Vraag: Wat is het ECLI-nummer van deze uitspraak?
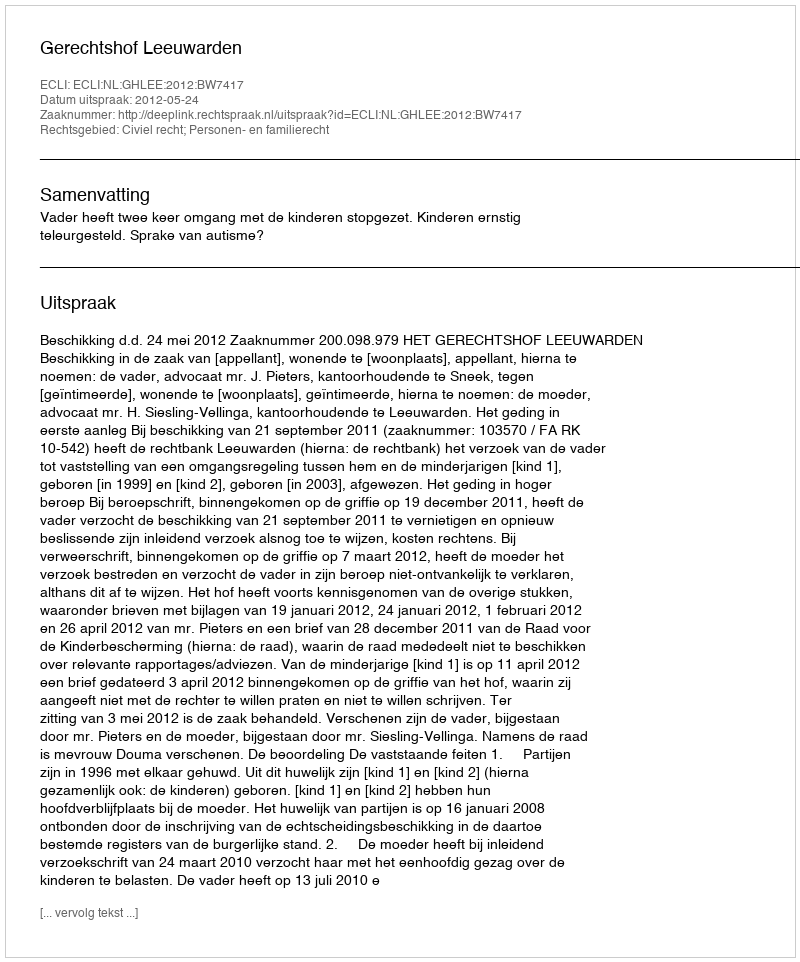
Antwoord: ECLI:NL:GHLEE:2012:BW7417